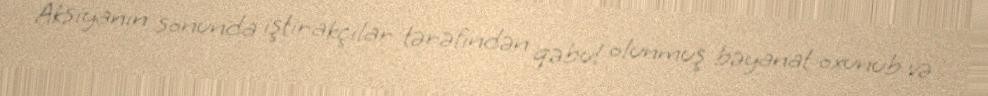
Aksiyanın sonunda iştirakçılar tərəfindən qəbul olunmuş bəyanat oxunub və